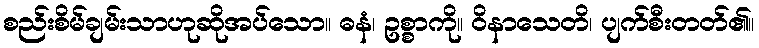
စည်းစိမ်ချမ်းသာဟုဆိုအပ်သော။ ဓနံ၊ ဥစ္စာကို။ ဝိနာသေတိ၊ ပျက်စီးတတ်၏။